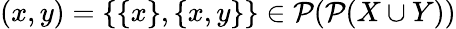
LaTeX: (x,y)=\{ \{ x\} ,\{ x,y\} \} \in{\mathcal{P}}({\mathcal{P}}(X\cup Y))